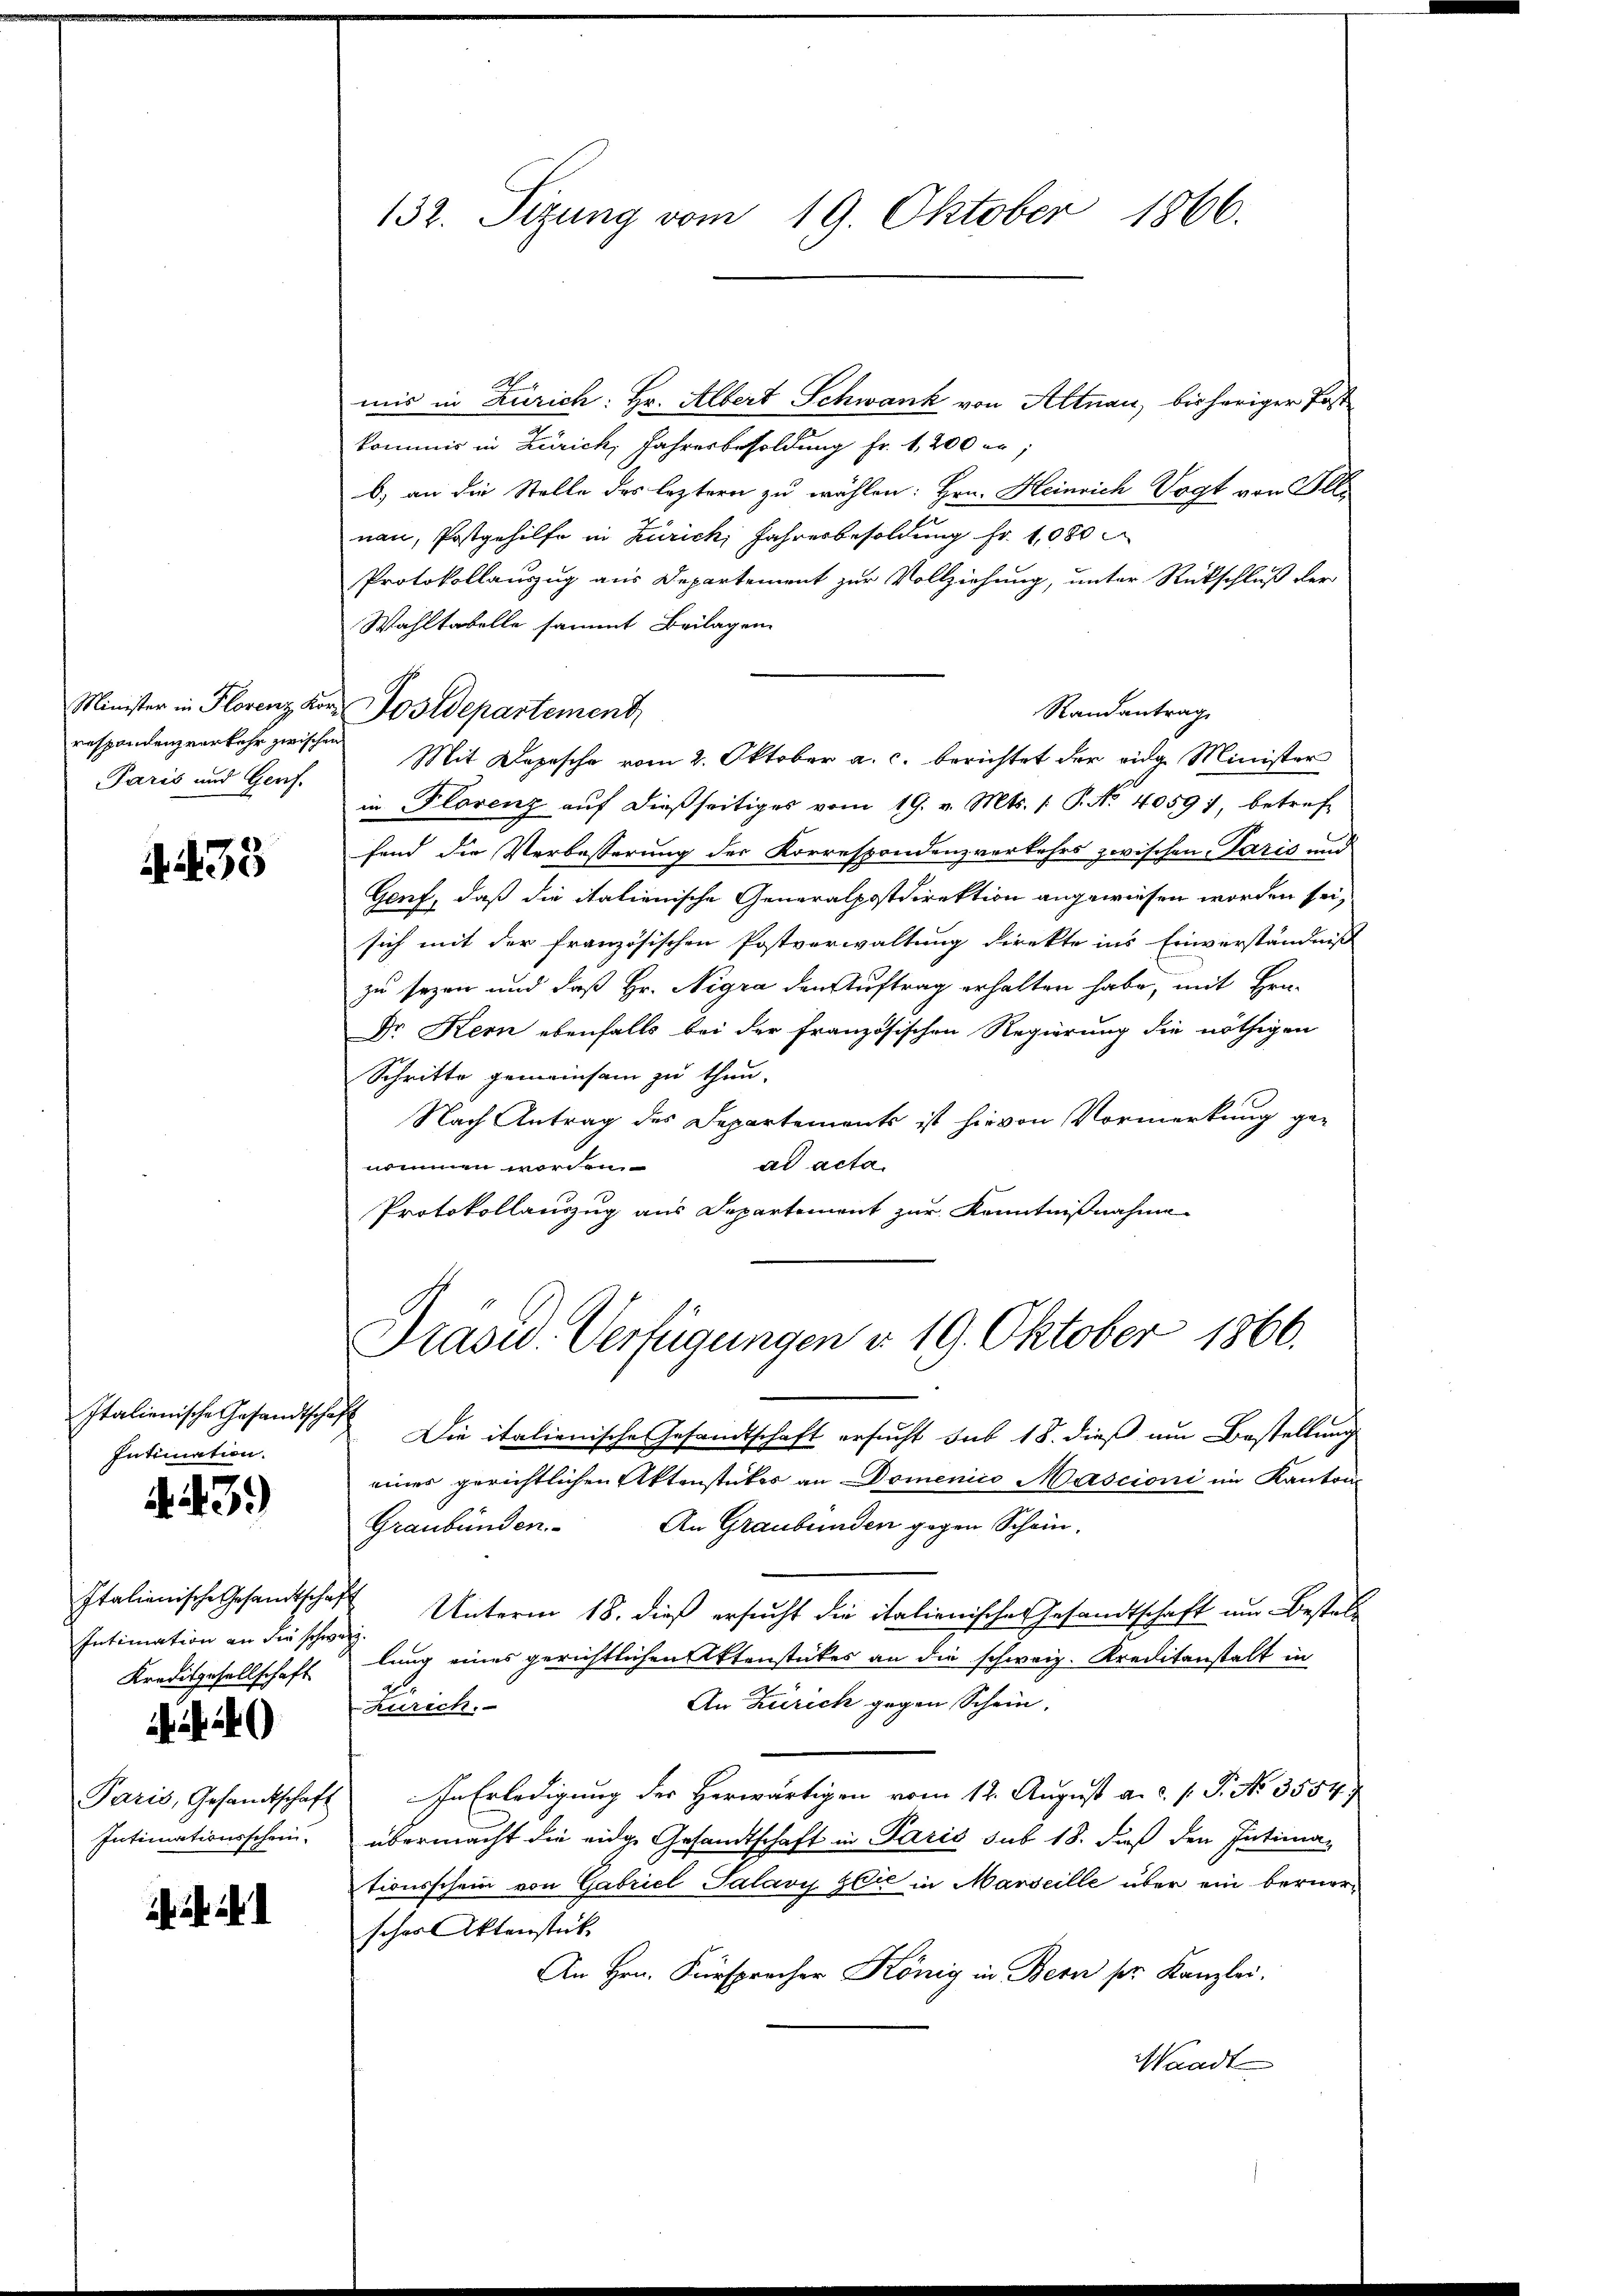
respondenzverkehr zwischen
Paris und Genf.

A. 435

Italienische Gesandtschaft
Intimation.

.43)

Italienische Gesandtsche,
Intimation an die schwarz
Kreditgesellschaft

. .

Paris, Gesandtschaft
Intimationsschein.

132. Sitzung vom 19. Oktober 1866.

mir in Zürich: Hr. Albert Schwank von Altnau, bisheriger Post
kommis in Zürich, Jahresbesoldung Fr. 1200 er;
b) an die Stelle des leztern zu wählen: Hrn. Heinrich Vogt von Ill
nau, Postgehilfe in Zürich, Jahresbesoldung fr. 1080
Protokollauszug aus Departement zur Vollziehung, unter Rückschluß der
Wahltabelle sammt Beilagen
Randantrag
Mit Depesche vom 2. Oktober a. c. berichtet der eidg. Minister
in Florenz aŭf dießseitiges vom 19. v. Mts. /: P. Nr. 40597, betref
fend die Verbesserung der Korrespondenzverkehrs zwischen Paris und
Genf, daß die italienische Generalpostdirektion angewiesen worden sei,
sich mit der französischen Postverwaltung direkte ins Einverständniß
zu sezen und daß Hr. Nigra den Auftrag erhalten habe, mit Fra-
Dr Kern ebenfalls bei der französischen Regierung die nöthigen
Schritte gemeinsam zu thun.
Nach Antrag des Departements ist hievon Vormerkung ge-
ad acta.
nommen worden.
Protokollauszug aus Departement zur Kenntnißnahme

Minister in Florenz Kor-Postdepartement

Präsid. Verfügungen d. 19. Oktober 1866.

Die italienische Gesandtschaft ersucht sub 18. dieß um Bestellung
einer gerichtlichen Aktenstückes an Domenico Mascioni im Kanton
Graubünden. An Graubünden gegen Schein,
 Unterm 18. dieß ersucht die italienisches Gesandtschaft um Bestellung eines gerichtlichen Aktenstückes an die schweiz. Kreditanstalt in
An Zürich gegen Schein.
Zürich.
In Erledigung des Herwärtigen vom 12. August a. d. J. P. No 3554.
übermacht die eidge Gesandtschaft in Paris sub 18. daß den Intima-
tionsschein von Gabriel Salavy Glie in Marseille über ein berner-
scher Aktenstück
An Hrn. Fürsprecher König in Bern pr. Kanzlei.
Waadt